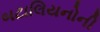
બટાલિયનોની